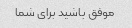
موفق باشید برای شما